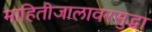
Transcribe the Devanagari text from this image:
माहितीजालावरसुद्धा